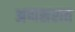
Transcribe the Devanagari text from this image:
अणसरात